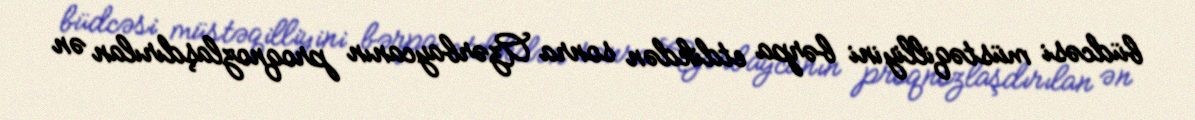
büdcəsi müstəqilliyini bərpa etdikdən sonra Azərbaycanın proqnozlaşdırılan ən